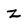
Character: Z